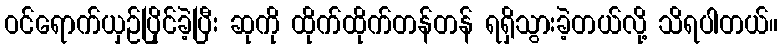
ဝင်ရောက်ယှဉ်ပြိုင်ခဲ့ပြီး ဆုကို ထိုက်ထိုက်တန်တန် ရရှိသွားခဲ့တယ်လို့ သိရပါတယ်။